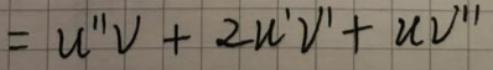
\[=u''v + 2u'v'+uv''\]